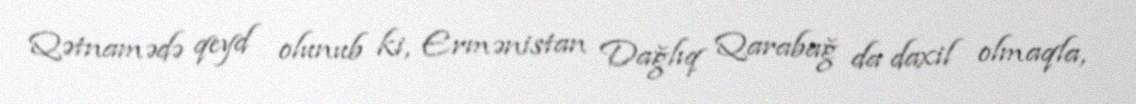
Qətnamədə qeyd olunub ki, Ermənistan Dağlıq Qarabağ da daxil olmaqla,